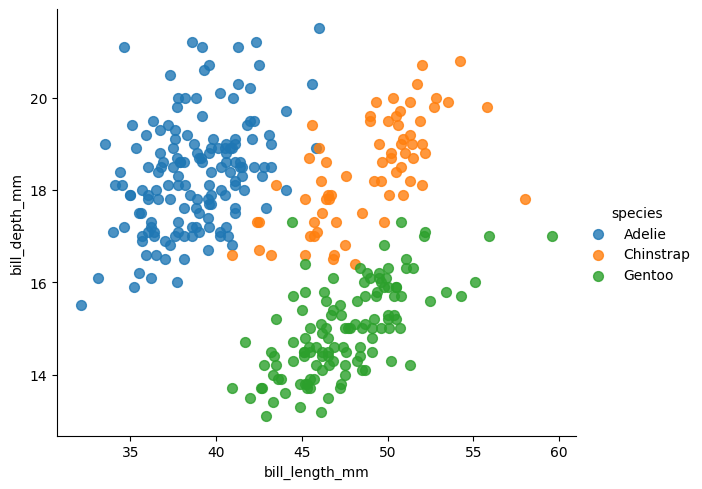
python, seaborn, lmplot, aspect=1.2, order=1, markers='o'